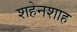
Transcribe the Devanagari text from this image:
शहेनशाह